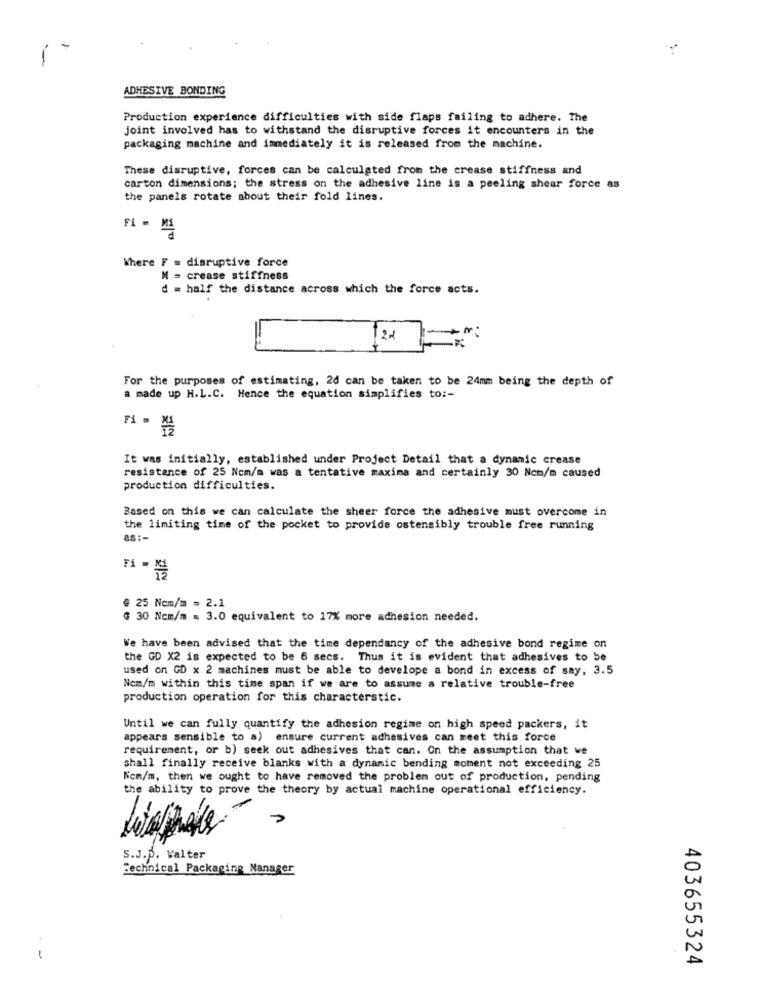
-
ADHESIVE BONDING
Production experience difficulties with side flaps failing to adhere. The
joint involved has to withstand the disruptive forces it encounters in the
packaging machine and immediately it is released from the machine.
These disruptive, forces can be calculated from the crease stiffness and
carton dimensions; the stress on the adhesive line is a peeling shear force as
the panels rotate about their fold lines.
FI - MI
Where F = disruptive force
M = crease stiffness
d = half the distance across which the force acts.
22
For the purposes of estimating, 2d can be taken to be 24mm being the depth of
a made up H.L.C. Hence the equation simplifies to :-
F1 = 12
It was initially, established under Project Detail that a dynamic crease
resistance of 25 Ncm/m was a tentative maxima and certainly 30 Ncm/m caused
production difficulties.
Based on this we can calculate the sheer force the adhesive must overcome in
the limiting time of the pocket to provide ostensibly trouble free running
as :-
F1 - NE
€ 25 Ncm/m = 2.1
€ 30 Ncm/m = 3.0 equivalent to 17% more adhesion needed.
We have been advised that the time dependancy of the adhesive bond regime on
the GD X2 is expected to be 6 secs. Thus it is evident that adhesives to be
used on GD x 2 machines must be able to develope a bond in excess of say, 3.5
Nom/m within this time span if we are to assume a relative trouble-free
production operation for this characterstic.
Until we can fully quantify the adhesion regime on high speed packers, it
appears sensible to a) ensure current adhesives can meet this force
requirement, or b) seek out adhesives that can. On the assumption that we
shall finally receive blanks with a dynamic bending moment not exceeding 25
Nem/m, then we ought to have removed the problem out of production, pending
the ability to prove the theory by actual machine operational efficiency.
S.J.D. Walter
Technical Packaging Manager
-
403655324